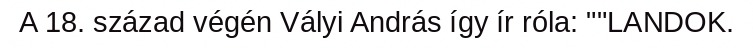
A 18. század végén Vályi András így ír róla: ""LANDOK.